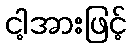
ငါ့အားဖြင့်